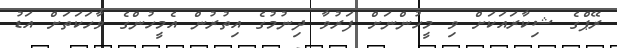
ރޭޕްގެ ޝިކާރައަކަށް ވި މީހުންނަށް ފަރުވާ ދިނުމުގެ އިތުރުން އެމީހުންގެ ވާހަކަތަށް އަޑު